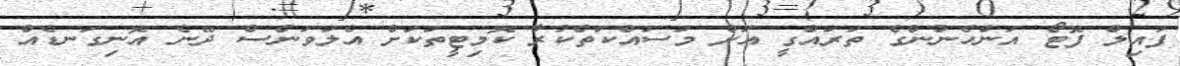
ފައިލް ފޮޓޯ އަންހެނުންގެ ތަރައްގީ އަށް މަސައްކަތްކުރާ ކޮމިޓީތަކަށް އެލަވަންސް ދޭނެ އޮނިގަނޑެއް